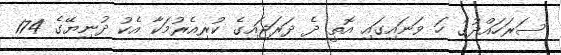
ސަރަހައްދުގެ ހަ ވަނައިގައި އޮތީ ދެ ދަރަޖައިގެ ކުރިއެރުމަކާ އެކު ދުނިޔޭގެ 174